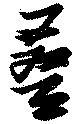
叠